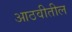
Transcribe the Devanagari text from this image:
आठवीतील